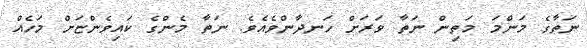
ނަތާގެ މަންމަ މަތިން ނަތާ ވަރަށް ހަނދާންވެއެވެ. ނަތާ މެންގެ ކައިވެންޏަށް މަހެއް